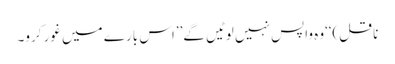
ناقل)‘‘وہ واپس نہیں لوٹیں گے’’اس بارے میں غور کرو۔